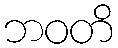
ဘဝတိ